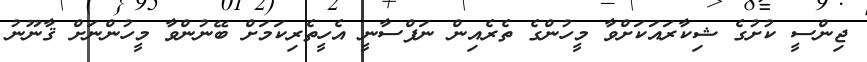
ޖިންސީ ކުށުގެ ޝިކާރައަކަށްވާ މީހުންގެ ތެރެއިން ނަފްސާނީ އެހީތެރިކަމަށް ބޭނުންވާ މީހުންނަށް ޤާނޫނު